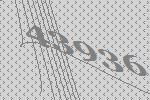
43936